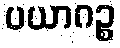
ပယာဂဉ္စ